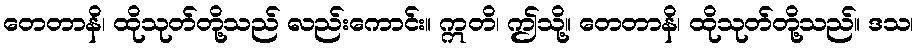
တေတာနိ၊ ထိုသုတ်တို့သည် လည်းကောင်း။ ဣတိ၊ ဤသို့။ တေတာနိ၊ ထိုသုတ်တို့သည်။ ဒသ၊